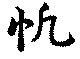
帆